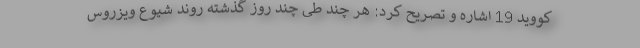
کووید 19 اشاره و تصریح کرد: هر چند طی چند روز گذشته روند شیوع ویزروس